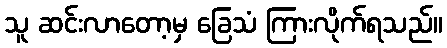
သူ ဆင်းလာတော့မှ ခြေသံ ကြားလိုက်ရသည်။